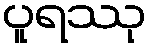
ပူရဿု